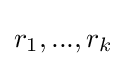
r_{1},...,r_{k}